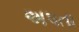
અપતા